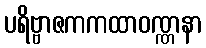
ပရိဗ္ဗာဇကကထာဝဏ္ဏနာ